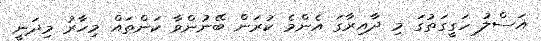
އަސްލު ހަގީގަތުގަ މި ދާއިރާގަ އެންމެ ކުރަން ބޭނުންވާ ކަންތައް މިހާރު މިދަނީ